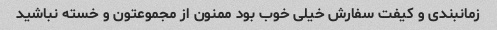
زمانبندی و کیفت سفارش خیلی خوب بود ممنون از مجموعتون و خسته نباشید